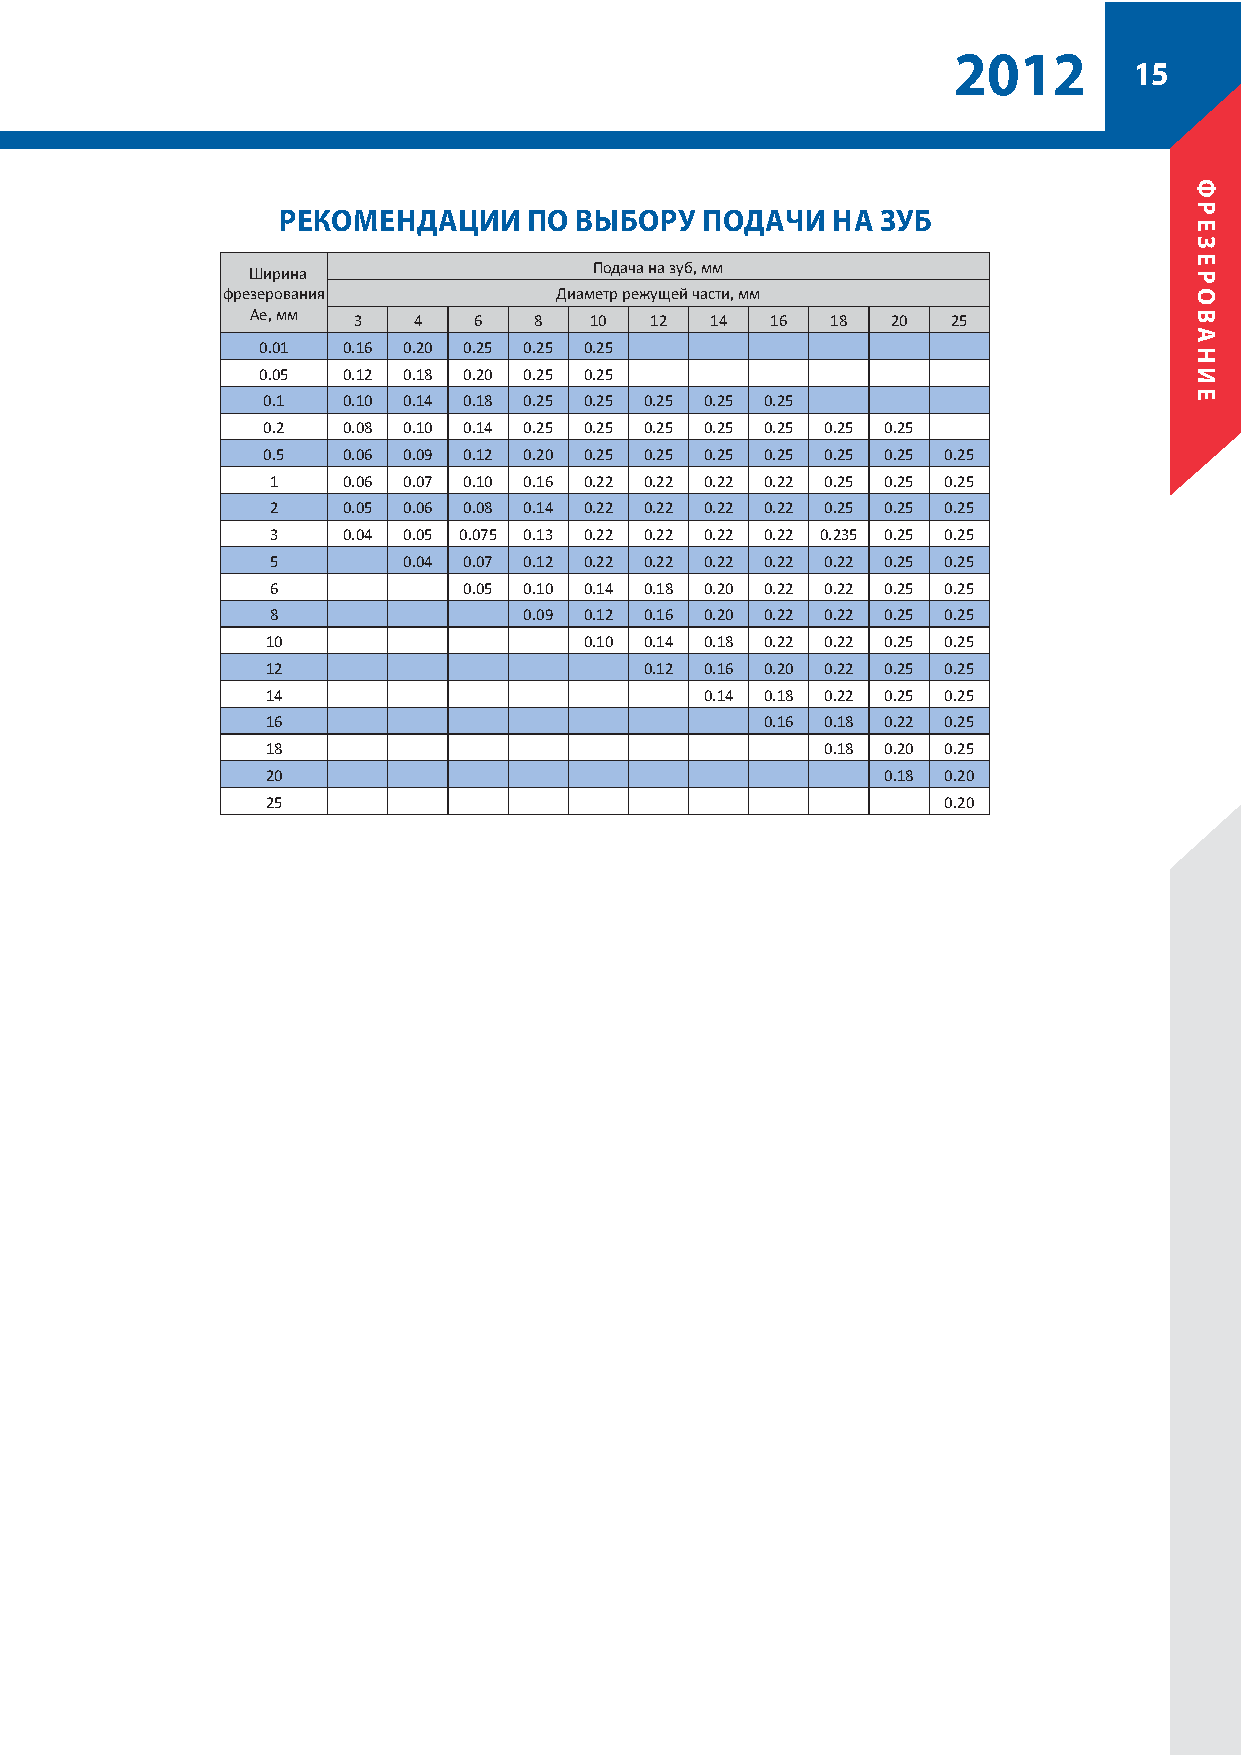
22001122
 15
 РЕКОМЕНДАЦИИ     ПО ВЫБОРУ  ПОДАЧИ   НА ЗУБ
 Подача на зуб, мм
 Ширина
 фрезерования          Диаметр режущей части, мм
 Ae, мм
 3   4   6   8   10  12  14  16  18  20  25
 0.01  0.16 0.20 0.25 0.25 0.25
 0.05  0.12 0.18 0.20 0.25 0.25
 0.1   0.10 0.14 0.18 0.25 0.25 0.25 0.25 0.25
 0.2   0.08 0.10 0.14 0.25 0.25 0.25 0.25 0.25 0.25 0.25
 0.5   0.06 0.09 0.12 0.20 0.25 0.25 0.25 0.25 0.25 0.25 0.25
 1    0.06 0.07 0.10 0.16 0.22 0.22 0.22 0.22 0.25 0.25 0.25
 2    0.05 0.06 0.08 0.14 0.22 0.22 0.22 0.22 0.25 0.25 0.25
 3    0.04 0.05 0.075 0.13 0.22 0.22 0.22 0.22 0.235 0.25 0.25
 5        0.04 0.07 0.12 0.22 0.22 0.22 0.22 0.22 0.25 0.25
 6            0.05 0.10 0.14 0.18 0.20 0.22 0.22 0.25 0.25
 8                0.09 0.12 0.16 0.20 0.22 0.22 0.25 0.25
 10                   0.10 0.14 0.18 0.22 0.22 0.25 0.25
 12                       0.12 0.16 0.20 0.22 0.25 0.25
 14                           0.14 0.18 0.22 0.25 0.25
 16                               0.16 0.18 0.22 0.25
 18                                   0.18 0.20 0.25
 20                                       0.18 0.20
 25                                          0.20
 ФФРРЕЕЗЗЕЕРРООВВААННИИЕЕ